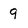
Character: 9